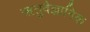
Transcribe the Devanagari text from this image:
ऋतुवैज्ञानिक